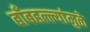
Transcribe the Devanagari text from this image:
बाँबहल्ल्यांमुळे